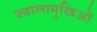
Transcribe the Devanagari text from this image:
ज्वालामुखिओं